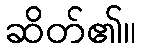
ဆိတ်၏။